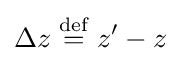
\Delta z\;{\stackrel {\mathrm {def} }{=}}\;z'-z